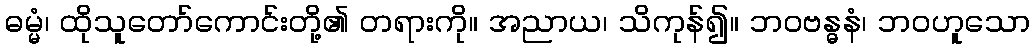
ဓမ္မံ၊ ထိုသူတော်ကောင်းတို့၏ တရားကို။ အညာယ၊ သိကုန်၍။ ဘဝဗန္ဓနံ၊ ဘဝဟူသော